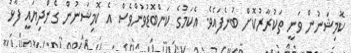
ކޮމިޝަނުން ވަނީ ތަކުރާރުކޮށް ބުނެފައެވެ. އެކަމުގެ ކަންބޮޑުވުންވެސް އެ ކޮމިޝަނުން ގެންދިޔައީ ފާޅު